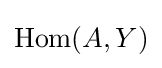
\mathrm {Hom} (A,Y)